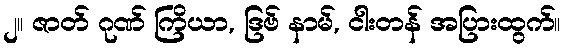
၂။ ဇာတ် ဂုဏ် ကြိယာ, ဒြဗ် နာမ်, ငါးတန် အပြားထွက်။